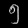
Digit: ၅